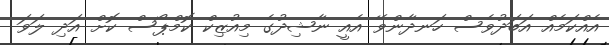
އެއްކަމެއް އަބަދުވެސް ހަނދާންވޭ އެއީ ނާޝިދުގެ މިއުޒިކް ކޮމްޕޯސް ކޮށް އަދި ލަވަ